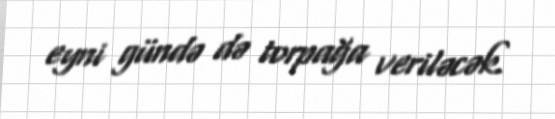
eyni gündə də torpağa veriləcək.